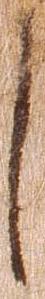
し